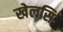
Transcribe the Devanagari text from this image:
खेलसि